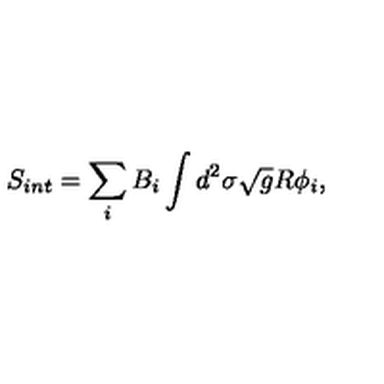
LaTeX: S _ { i n t } = \sum _ { i } B _ { i } \int d ^ { 2 } \sigma \sqrt { g } R \phi _ { i } ,